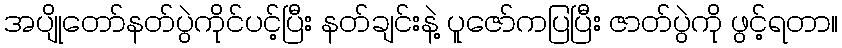
အပျိုတော်နတ်ပွဲကိုင်ပင့်ပြီး နတ်ချင်းနဲ့ ပူဇော်ကပြပြီး ဇာတ်ပွဲကို ဖွင့်ရတာ။